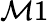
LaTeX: \mathcal{M}1